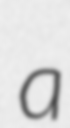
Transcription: a